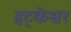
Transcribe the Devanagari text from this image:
हट्केश्वर